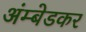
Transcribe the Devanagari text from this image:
अंम्बेडकर